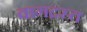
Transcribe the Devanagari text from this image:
वागद्रस्त